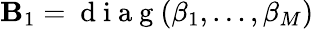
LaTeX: \mathbf{B}_{1}=\mathrm{{~d~i~a~g~}}(\beta_{1},\ldots,\beta_{M})